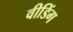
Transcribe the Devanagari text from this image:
वीडिंग